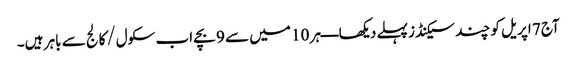
آج 7 اپریل کو چند سیکنڈز پہلے دیکھا ــــ ہر 10 میں سے 9 بچے اب سکول/کالج سے باہر ہیں۔